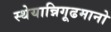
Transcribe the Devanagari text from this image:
स्थेयान्निगूढमानो